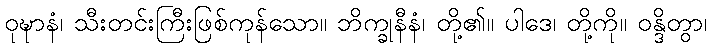
ဝုဍ္ဎာနံ၊ သီးတင်းကြီးဖြစ်ကုန်သော။ ဘိက္ခုနီနံ၊ တို့၏။ ပါဒေ၊ တို့ကို။ ဝန္ဒိတွာ၊